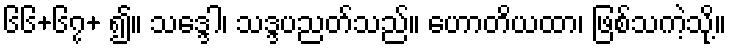
၆၆+၆၇+ ၍။ သဒ္ဒေါ၊ သဒ္ဒပညတ်သည်။ ဟောတိယထာ၊ ဖြစ်သကဲ့သို့။